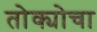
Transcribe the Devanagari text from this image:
तोक्योचा